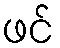
ဖင်